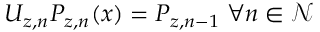
U _ { z , n } P _ { z , n } ( x ) = P _ { z , n - 1 } \; \forall n \in \mathcal { N }